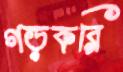
গড়করি